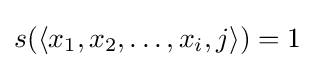
s(\langle x_{1},x_{2},\ldots ,x_{i},j\rangle )=1